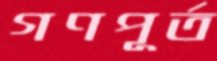
গণপূর্ত